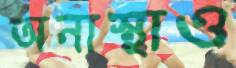
অনাস্থাও